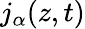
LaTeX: j_{\alpha}(z,t)